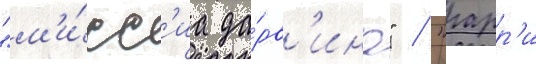
"м'и́сс'иа да́рв'ина" / "гарр'и